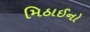
મિઠાઈનો